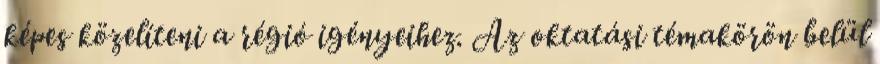
képes közelíteni a régió igényeihez. Az oktatási témakörön belül